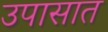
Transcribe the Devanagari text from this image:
उपासात